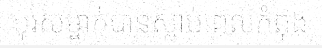
បុរសម្នាក់បានស្លាប់ពេលកំពុង